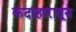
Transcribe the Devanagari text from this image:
कंदाहारातून